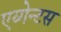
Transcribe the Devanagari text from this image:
एय्गेन्टस